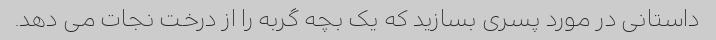
داستانی در مورد پسری بسازید که یک بچه گربه را از درخت نجات می دهد.